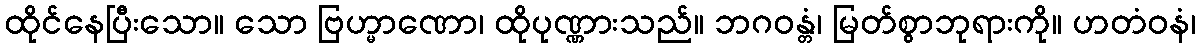
ထိုင်နေပြီးသော။ သော ဗြဟ္မာဏော၊ ထိုပုဏ္ဏားသည်။ ဘဂဝန္တံ၊ မြတ်စွာဘုရားကို။ ဟတံဝနံ၊